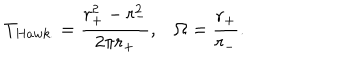
LaTeX: T _ { H a w k . } = \frac { r _ { + } ^ { 2 } - r _ { - } ^ { 2 } } { 2 \pi r _ { + } } , \Omega = \frac { r _ { + } } { r _ { - } } .